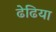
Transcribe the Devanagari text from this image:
ढेढिया